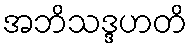
အဘိသဒ္ဒဟတိ